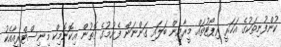
ކުންފުނިތަކުގެ އަހަރީ ރިޕޯޓުތައް މީރާއިން ބަލައި ގަންނަން ފެށުމުގެ ގޮތުން އިކޮނޮމިކް މިނިސްޓްރީއާއެކު